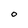
Character: O